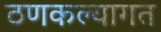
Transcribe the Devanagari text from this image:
ठणकल्यागत